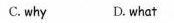
C. why D. what